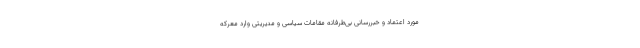
مورد اعتماد و خبررسانی بی‌طرفانه مقامات سیاسی و مدیریتی وارد معرکه